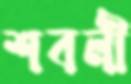
শবলী